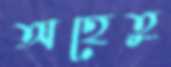
অহেতু